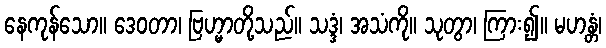
နေကုန်သော။ ဒေဝတာ၊ ဗြဟ္မာတို့သည်။ သဒ္ဒံ၊ အသံကို။ သုတွာ၊ ကြား၍။ မဟန္တံ၊